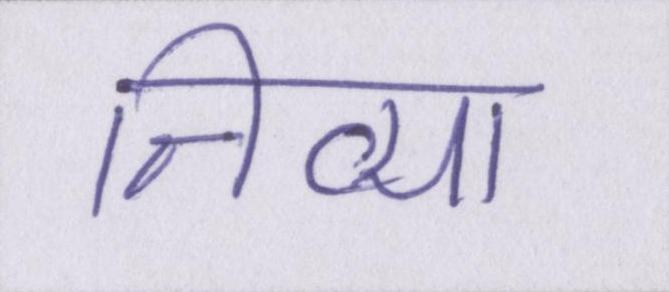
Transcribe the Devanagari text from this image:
निव्या